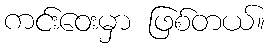
ကင်းဝေးမှာ ဖြစ်တယ်။